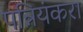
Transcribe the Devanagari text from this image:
पन्नियंकरा